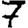
Digit: 7